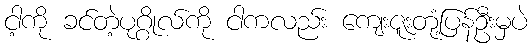
ငါ့ကို ခင်တဲ့ပုဂ္ဂိုလ်ကို ငါကလည်း ကျေးဇူးတုံ့ပြန်ဦးမှပဲ